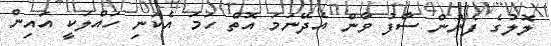
ލޮލުގެ ފެނުން ސާފު ވާން އެދޭނަމަ އޮތް ހަމަ އެކަނި ހައްލަކީ އައިން